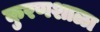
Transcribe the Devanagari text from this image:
कुरणशाळा